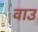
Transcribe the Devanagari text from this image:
वाउ